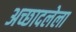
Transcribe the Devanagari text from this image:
अच्छादलेला